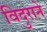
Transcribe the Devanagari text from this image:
विदुराने